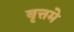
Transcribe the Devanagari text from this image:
बृत्तमे